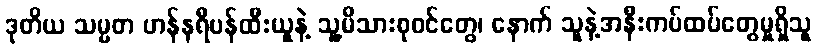
ဒုတိယ သမ္မတ ဟန်နရီဗန်ထီးယူနဲ့ သူ့မိသားစုဝင်တွေ၊ နောက် သူနဲ့အနီးကပ်ထပ်တွေမှုရှိသူ